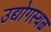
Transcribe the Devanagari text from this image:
उद्योगस्थळ